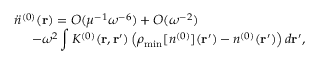
\begin{array} { l } { { \displaystyle { \ddot { n } } ^ { ( 0 ) } ( { \bf r } ) = { \cal O } ( \mu ^ { - 1 } \omega ^ { - 6 } ) + { \cal O } ( \omega ^ { - 2 } ) } \ ~ } \\ { { \displaystyle ~ ~ ~ ~ - \omega ^ { 2 } \int K ^ { ( 0 ) } ( { \bf r , r ^ { \prime } } ) \left( \rho _ { \mathrm { m i n } } [ n ^ { ( 0 ) } ] ( { \bf r ^ { \prime } } ) - n ^ { ( 0 ) } ( { \bf r ^ { \prime } } ) \right) d { \bf r ^ { \prime } } } , } \end{array}